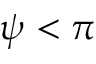
\psi < \pi